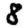
Digit: 8